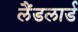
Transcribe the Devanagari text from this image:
लैंडलार्ड